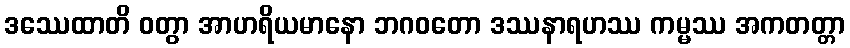
ဒဿေထာတိ ဝတွာ အာဟရိယမာနော ဘဂဝတော ဒဿနာရဟဿ ကမ္မဿ အကတတ္တာ